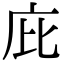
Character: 庇